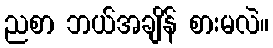
ညစာ ဘယ်အချိန် စားမလဲ။